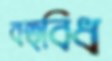
বহুবিধ